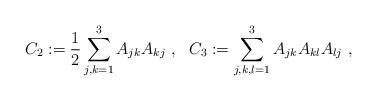
LaTeX: \begin{align*} C_2 := \dfrac{1}{2}\sum_{j,k=1}^3A_{jk}A_{kj} \ , \ \ C_3 := \sum_{j,k,l=1}^3A_{jk}A_{kl}A_{lj} \ ,\end{align*}